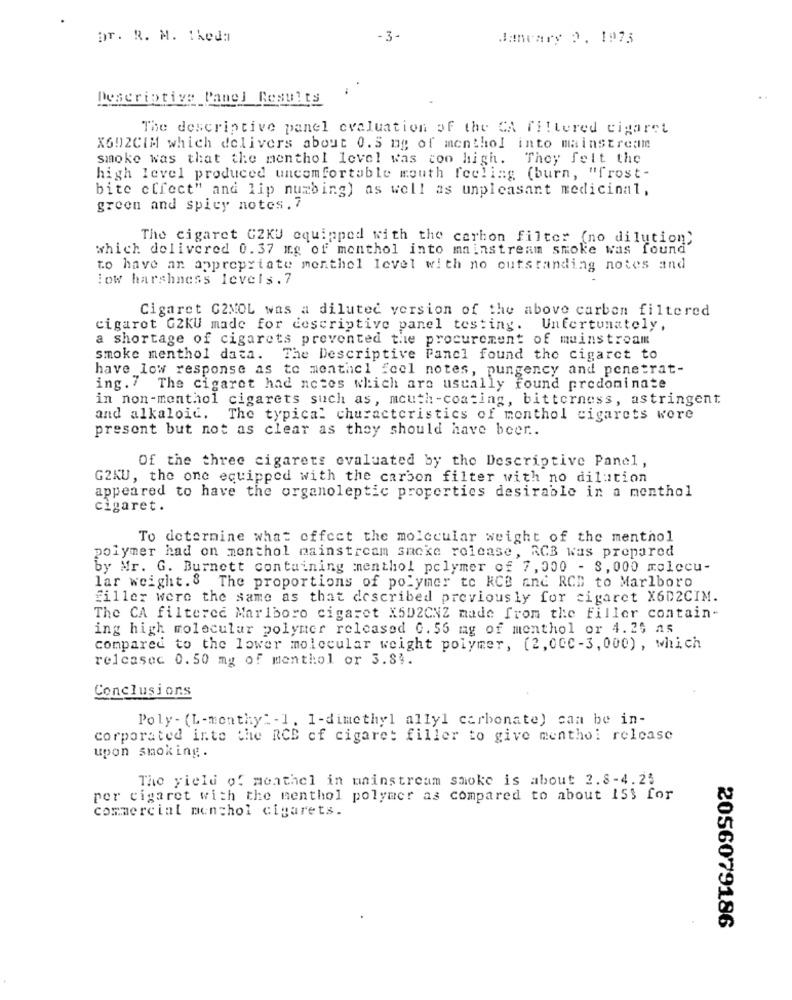
Dr. R. M. 1keda
- 3-
Janvary 2, 1975
Descriptive Pane] Results
The descriptive panel evaluation of the CA filtered cigaret
X602CIM which delivers about 0. 5 mg of menthol into mainstream
smoke was that the menthol level was too high. They felt the
high level produced uncomfortable mouth feeling (burn, "frost-
bite effect" and lip numbing) as well as unpleasant medicinal,
green and spicy notes. 7
The cigaret GZKU equipped with the carbon filter (no dilution)
which delivered 0.37 mg of monthol into mainstream smoke was found
to have an appropriate menthol level with no outstanding notes and
:ow harshness levels.7
Cigaret G2MOL was a diluted version of the above carbon filtered
cigaret G2KU made for descriptive panel testing. Unfortunately,
a shortage of cigarets prevented the procurement of mainstream
smoke menthol data. The Descriptive Panel found the cigaret to
have low response as to menthcl feel notes, pungency and penetrat-
ing. 7 The cigaret had notes which are usually found predominate
in non-menthol cigarets such as, mouth-coating, bitterness, astringent.
and alkaloid. The typical churacteristics of monthol cigarets were
present but not as clear as they should have beer ..
Of the three cigarets evaluated by the Descriptive Panel,
G2KU, the one equipped with the carbon filter with no dilution
appeared to have the organoleptic properties desirable in a monthol
cigaret.
To determine what offect the molecular weight of the menthol
polymer had on menthol mainstream smoke release, ACB was prepared
by Mr. G. Burnett containing menthol polymer of 7, 000 - 8, 000 molecu-
lar weight. 8 The proportions of polymer to RCB and RCB to Marlboro
filler were the same as that described previously for cigaret X6D2CIM.
The CA filtered Marlboro cigaret X5D2CNZ made from the filler contain-
ing high molecular polymer released 0. 55 mg of menthol or 4.25 as
compared to the lower molecular weight polymer, (2,00℃-3, 000) , which
releasec 0.50 mg of menthol or 3.84.
Conclusions
Poly- (L-monthy" - 1. 1-dimethyl ally1 carbonate) can be in-
corporated into the RCB of cigaret filler to give menthol release
upon smoking.
The yield of meathel in mainstream smoke is about 2.8-4.25
per cigaret with the menthol polymer as compared to about ISS for
commercial menchol cigarets.
2056079186